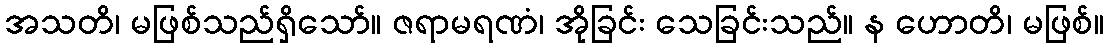
အသတိ၊ မဖြစ်သည်ရှိသော်။ ဇရာမရဏံ၊ အိုခြင်း သေခြင်းသည်။ န ဟောတိ၊ မဖြစ်။